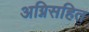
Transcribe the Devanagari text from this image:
अग्निसहित